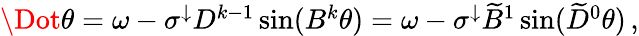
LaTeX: \begin{array}{r}{\Dot{\theta}=\omega-\sigma^{\downarrow}D^{k-1}\sin(B^{k}\theta)=\omega-\sigma^{\downarrow}\widetilde{B}^{1}\sin(\widetilde{D}^{0}\theta)\, ,}\end{array}